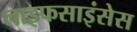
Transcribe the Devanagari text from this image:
लाइफसाइंसेस